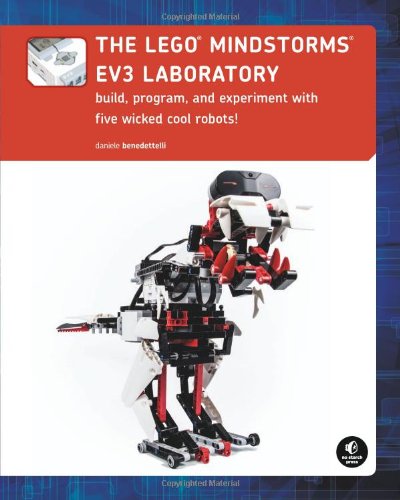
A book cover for The LEGO MINDSTORMS EV3 Laboratory: Build, Program, and Experiment with Five Wicked Cool Robots!; Daniele Benedettelli; Engineering & Transportation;